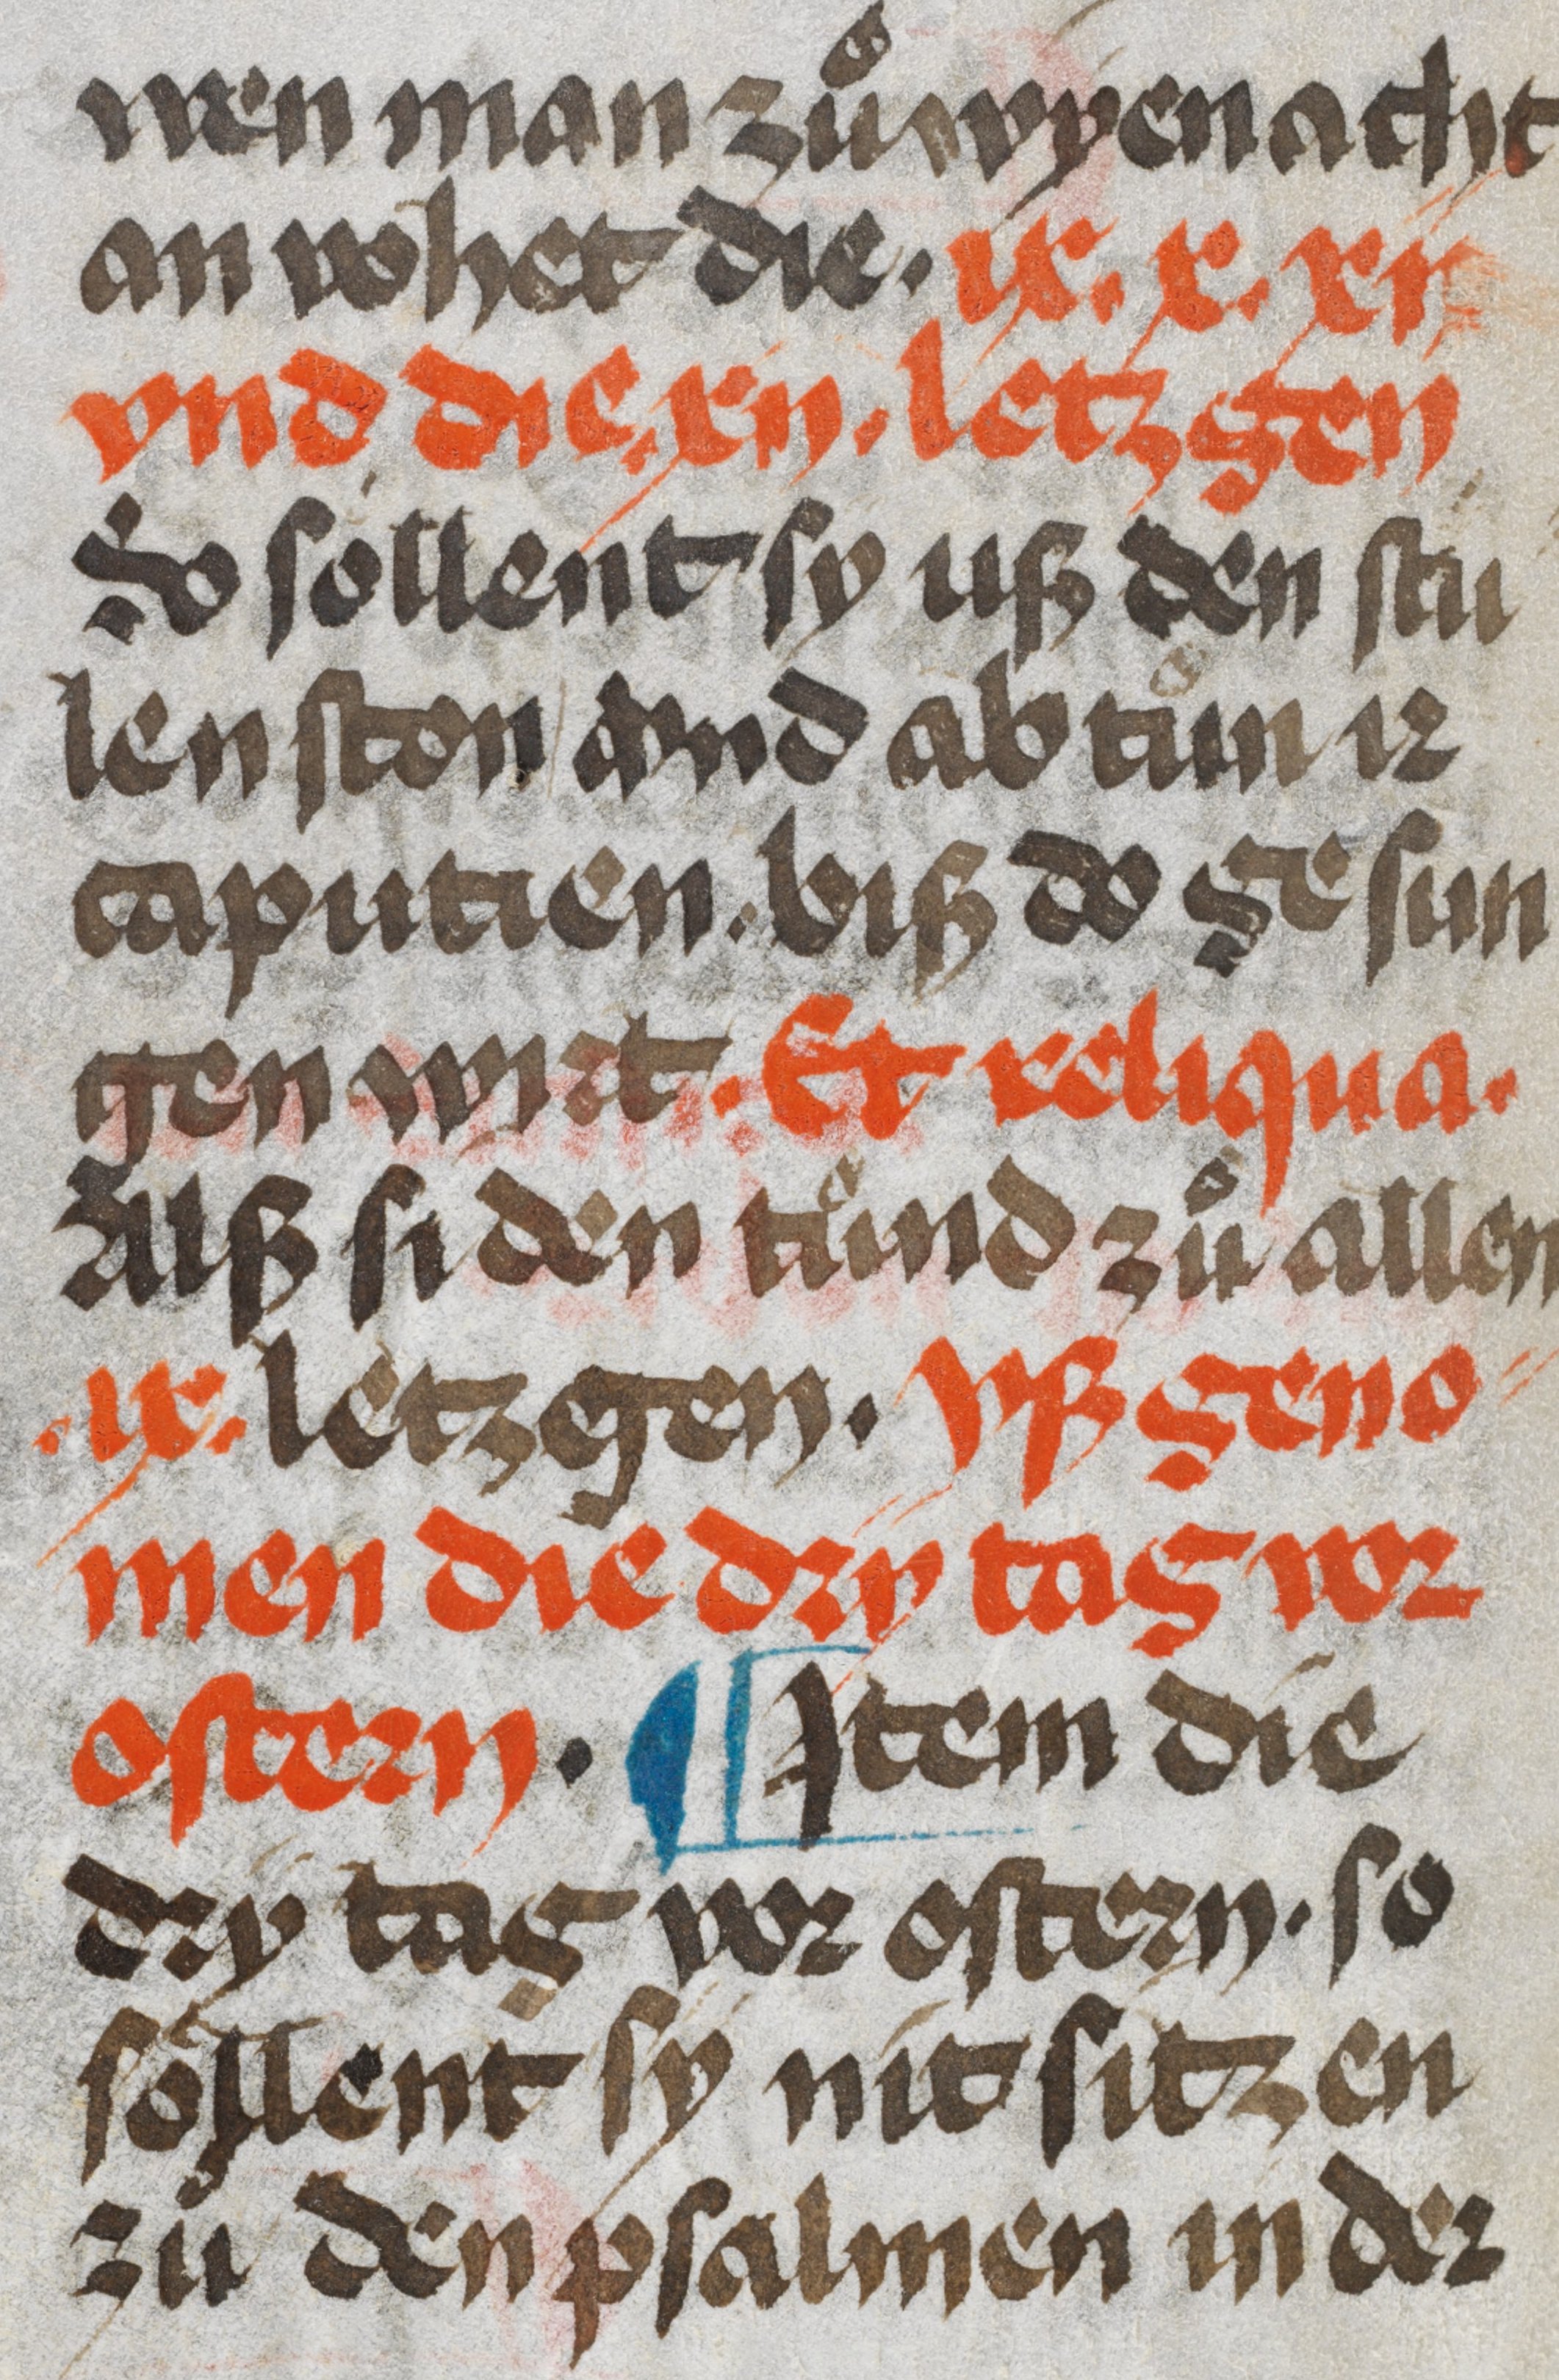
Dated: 1350–1499